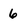
Character: 6